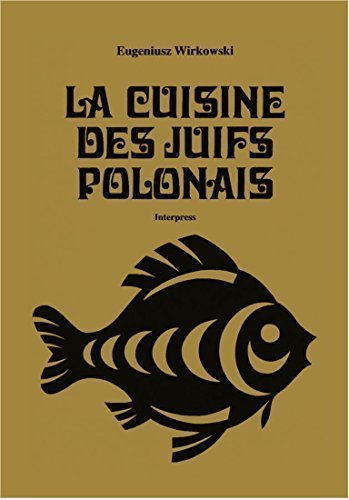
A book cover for La cuisine des Juifs polonais; Eugeniusz Wirkowski; Cookbooks, Food & Wine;